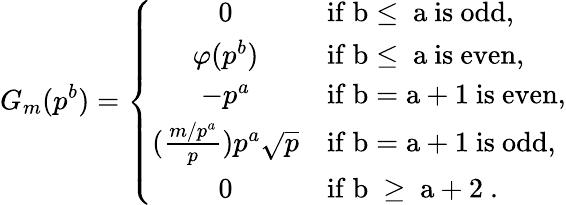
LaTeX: G_{m}(p^{b})=\left\{ \begin{array}{cl}{0}&{\mathrm{if~b\leq~a~is~odd},}\\ {\varphi(p^{b})}&{\mathrm{if~b\leq~a~is~even},}\\ {-p^{a}}&{\mathrm{if~b=a+1~is~even},}\\ {(\frac{m/p^{a}}{p})p^{a}\sqrt{p}}&{\mathrm{if~b=a+1~is~odd},}\\ {0}&{\mathrm{if~b~\geq~a+2~}.}\end{array}\right.